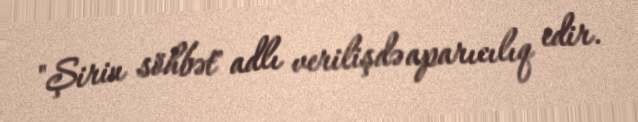
"Şirin söhbət" adlı verilişdə aparıcılıq edir.